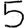
Digit: 5